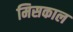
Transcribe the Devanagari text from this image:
मिसकाल